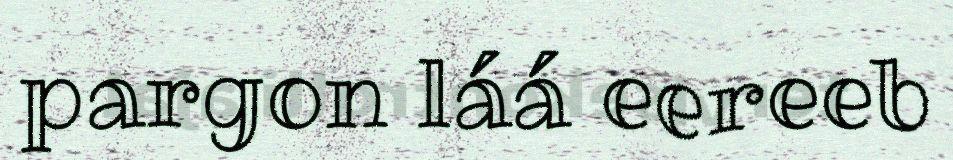
pargon láá eereeb